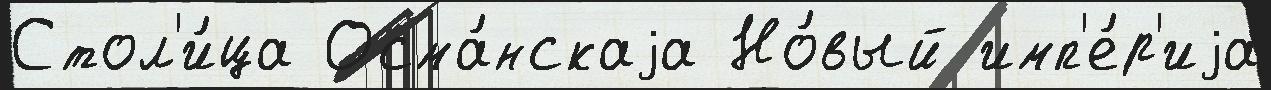
Стол'и́ца Осма́нскаjа Но́вый имп'е́р'иjа